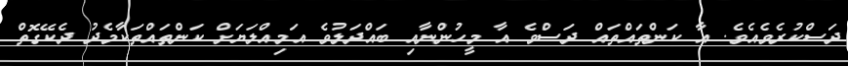
ދަސްކުރެވެއެވެ. އާ ކަންތައްތައް ދަސްވެ އާ މީހުންނާއި ބައްދަލުވެ އަމިއްލަޔަށް ކަންތައްތަކާމެދު ދެކޭގޮތް